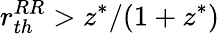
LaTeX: r_{th}^{RR}>z^{*}/(1+z^{*})